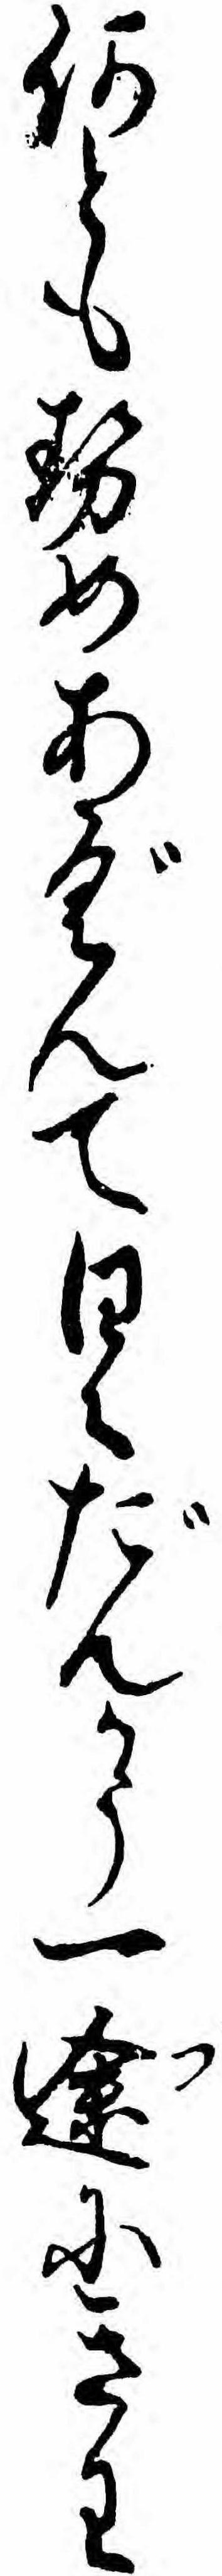
何ともせめあぐんて日々だんかう一途にきわ